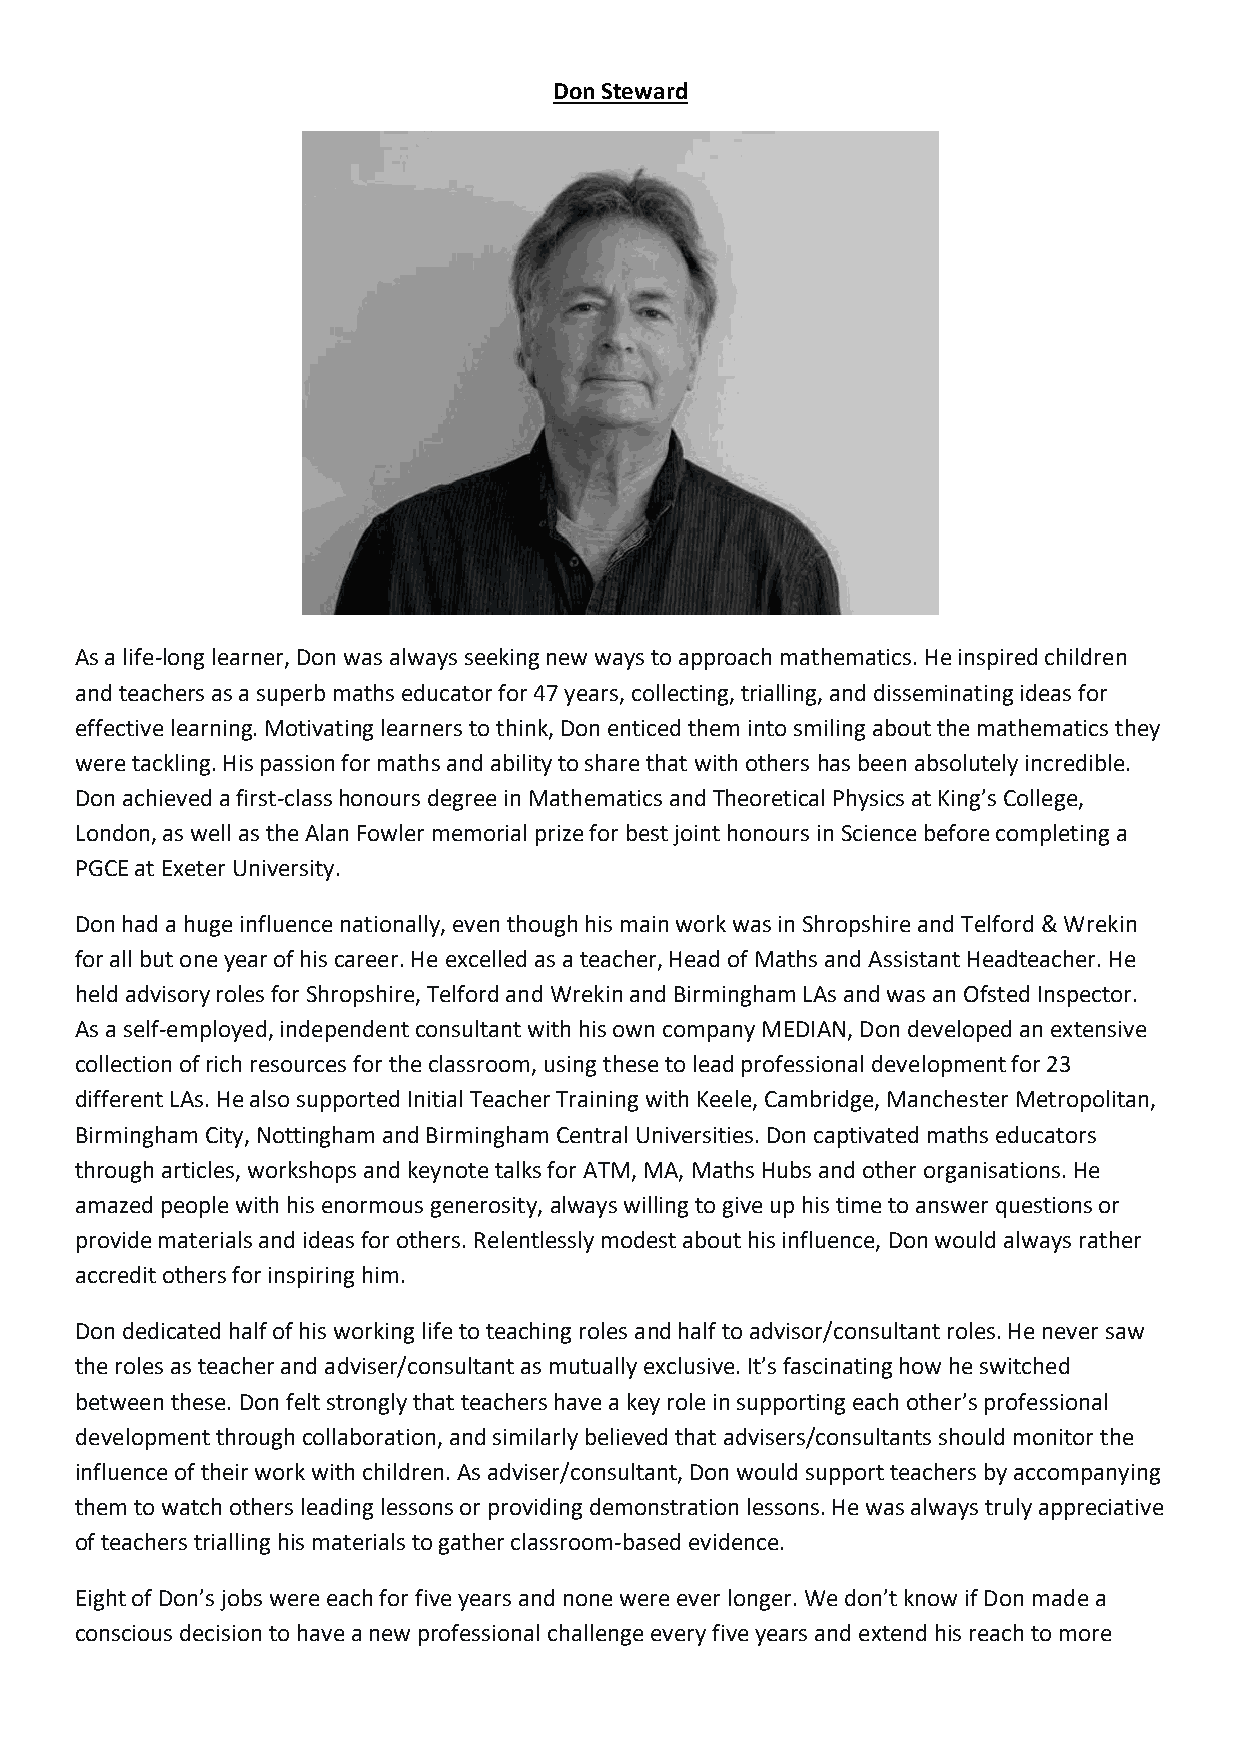
Don Steward
 As a life-long learner, Don was always seeking new ways to approach mathematics. He inspired children
 and teachers as a superb maths educator for 47 years, collecting, trialling, and disseminating ideas for
 effective learning. Motivating learners to think, Don enticed them into smiling about the mathematics they
 were tackling. His passion for maths and ability to share that with others has been absolutely incredible.
 Don achieved a first-class honours degree in Mathematics and Theoretical Physics at King’s College,
 London, as well as the Alan Fowler memorial prize for best joint honours in Science before completing a
 PGCE at Exeter University.
 Don had a huge influence nationally, even though his main work was in Shropshire and Telford & Wrekin
 for all but one year of his career. He excelled as a teacher, Head of Maths and Assistant Headteacher. He
 held advisory roles for Shropshire, Telford and Wrekin and Birmingham LAs and was an Ofsted Inspector.
 As a self-employed, independent consultant with his own company MEDIAN, Don developed an extensive
 collection of rich resources for the classroom, using these to lead professional development for 23
 different LAs. He also supported Initial Teacher Training with Keele, Cambridge, Manchester Metropolitan,
 Birmingham City, Nottingham and Birmingham Central Universities. Don captivated maths educators
 through articles, workshops and keynote talks for ATM, MA, Maths Hubs and other organisations. He
 amazed people with his enormous generosity, always willing to give up his time to answer questions or
 provide materials and ideas for others. Relentlessly modest about his influence, Don would always rather
 accredit others for inspiring him.
 Don dedicated half of his working life to teaching roles and half to advisor/consultant roles. He never saw
 the roles as teacher and adviser/consultant as mutually exclusive. It’s fascinating how he switched
 between these. Don felt strongly that teachers have a key role in supporting each other’s professional
 development through collaboration, and similarly believed that advisers/consultants should monitor the
 influence of their work with children. As adviser/consultant, Don would support teachers by accompanying
 them to watch others leading lessons or providing demonstration lessons. He was always truly appreciative
 of teachers trialling his materials to gather classroom-based evidence.
 Eight of Don’s jobs were each for five years and none were ever longer. We don’t know if Don made a
 conscious decision to have a new professional challenge every five years and extend his reach to more